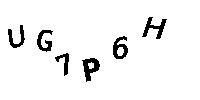
UG7P6H